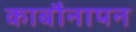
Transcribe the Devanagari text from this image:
काबौनापन